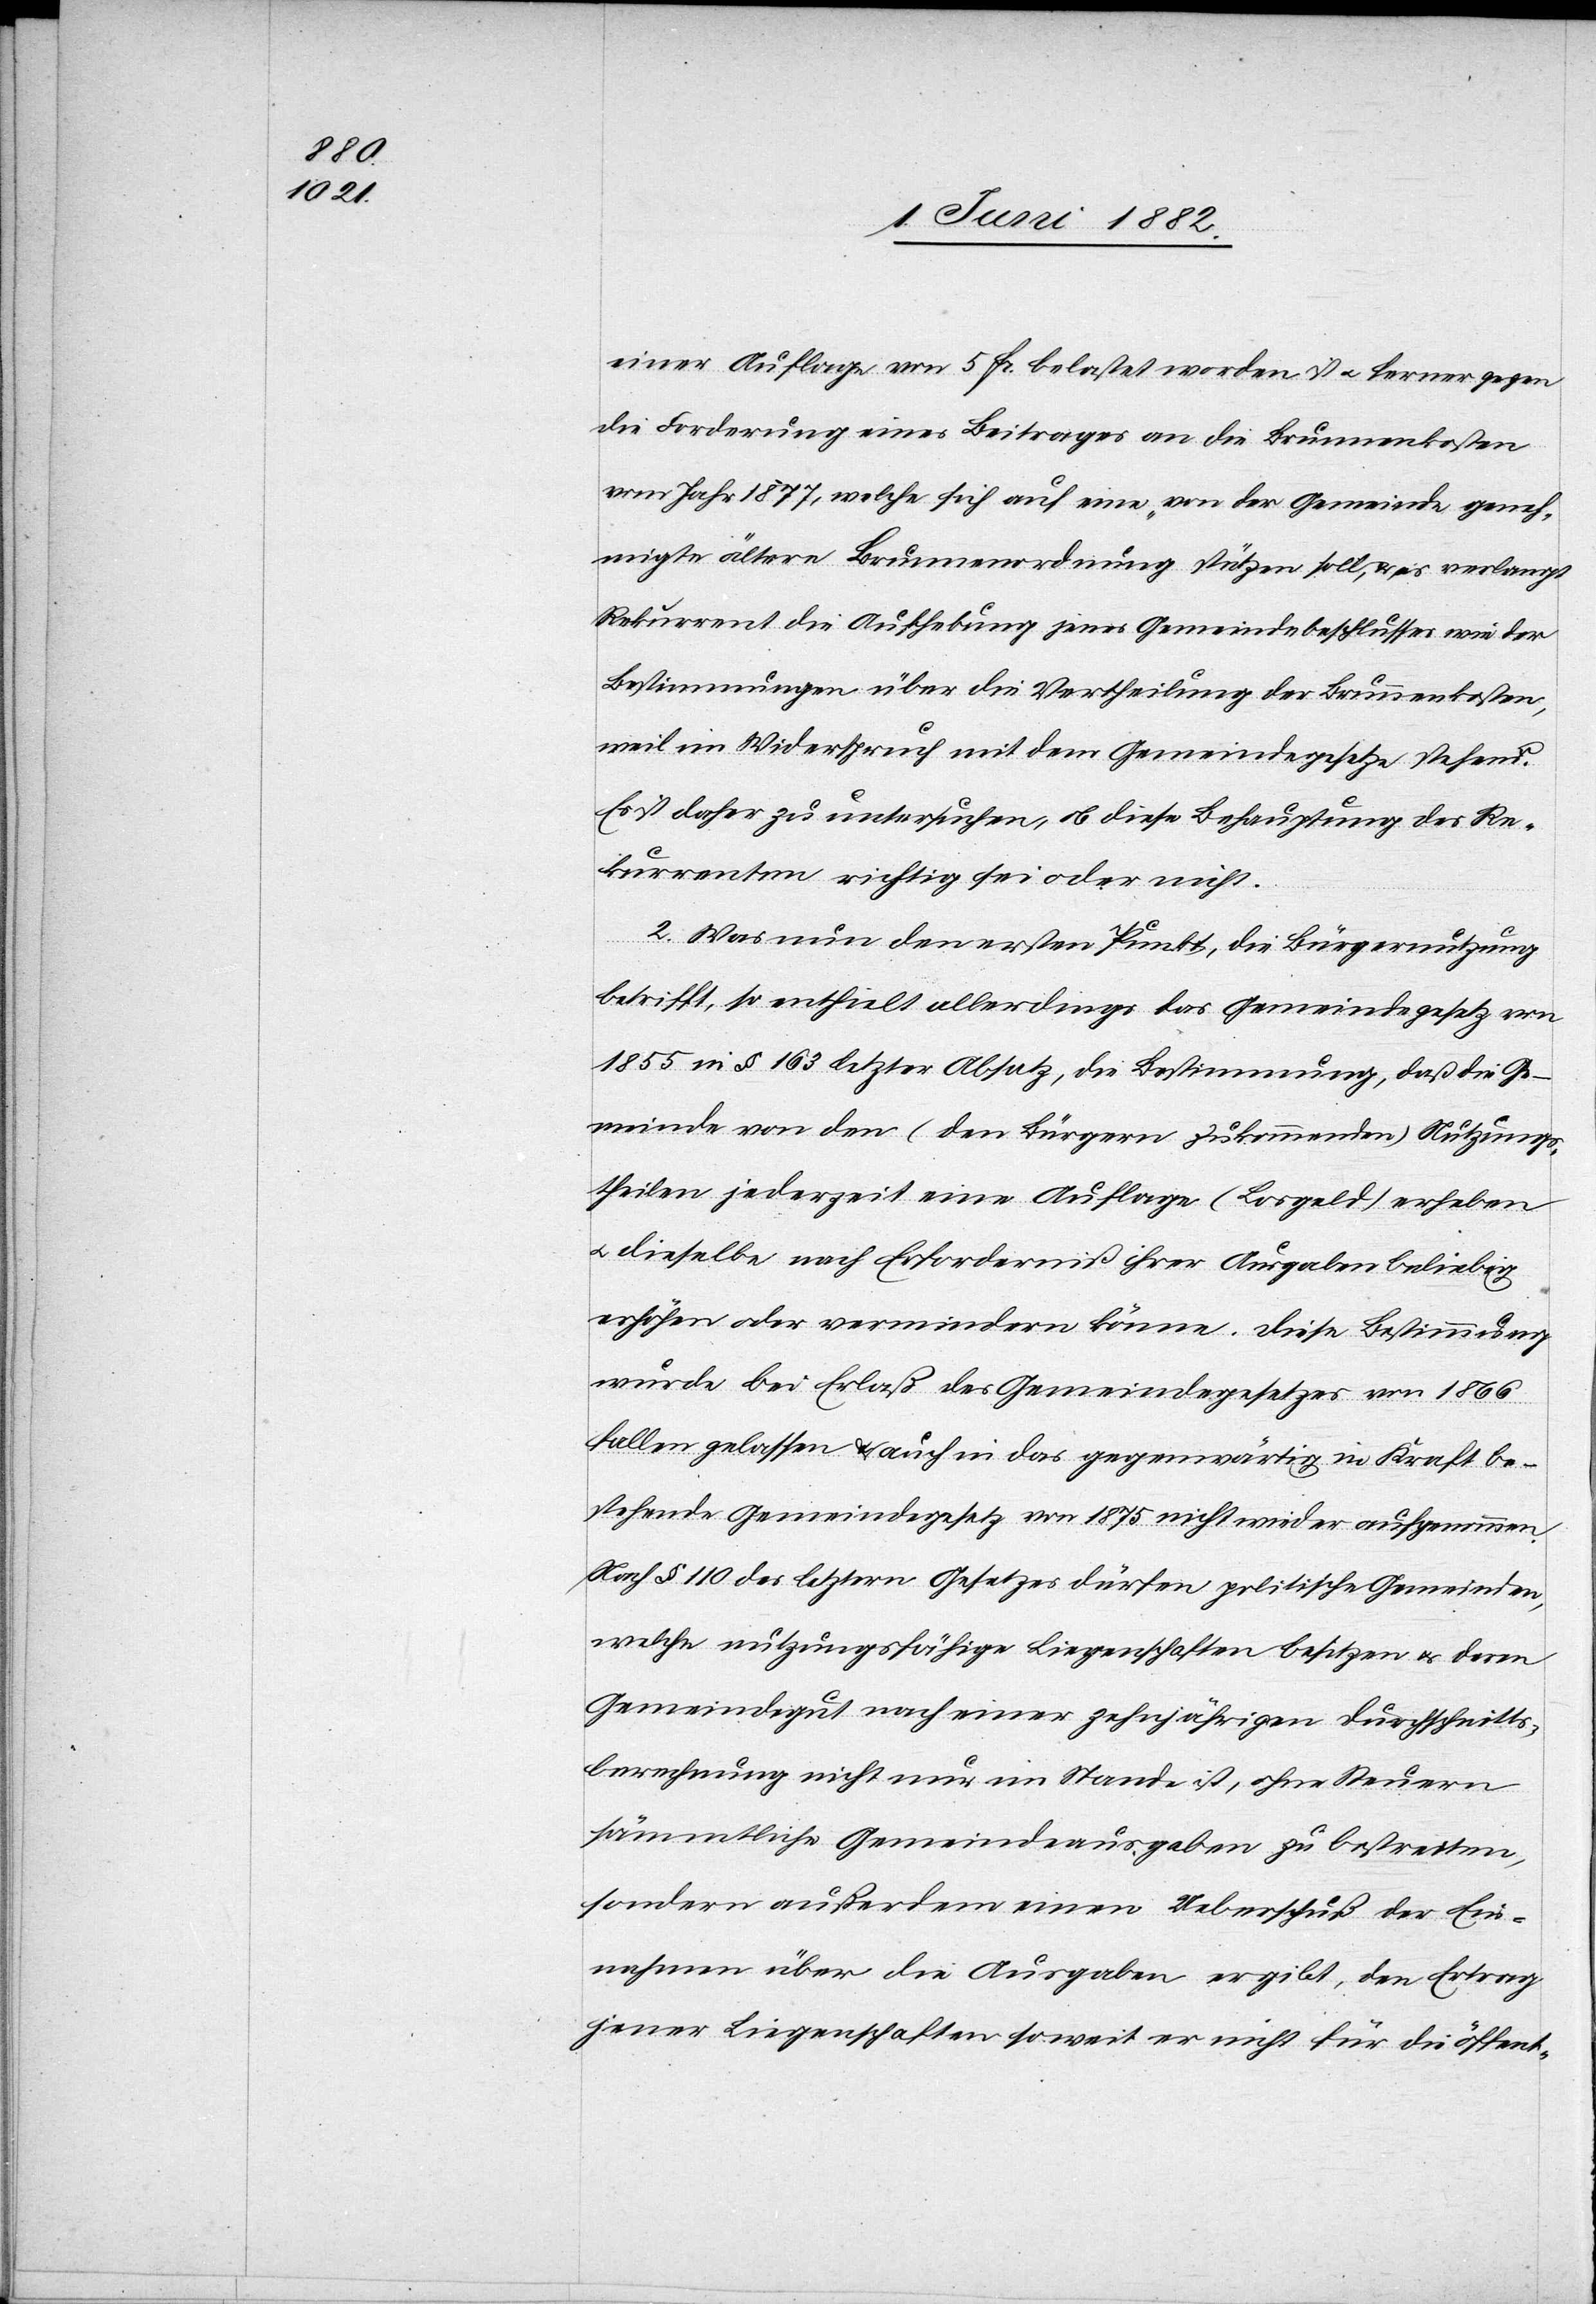
einer Auflage von 5 Fr. belastet worden ist u. ferner gegen
die Forderung eines Beitrages an die Brunnenkosten
vom Jahr 1877, welche sich auf eine von der Gemeinde geneh¬
migte ältere Brunnenordnung stützen soll, & es verlangt
Rekurrent die Aufhebung jenes Gemeindebeschlusses wie der
Bestimmungen über die Vertheilung der Brunnenkosten,
weil im Widerspruch mit dem Gemeindegesetze stehend.
Es ist daher zu untersuchen, ob diese Behauptung des Re¬
kurrenten richtig sei oder nicht.
2. Was nun den ersten Punkt, die Bürgernutzung
betrifft, so enthielt allerdings das Gemeindegesetz von
1855 in § 163 letzter Absatz, die Bestimmung, daß die Ge¬
meinde von den (den Bürgern zukommenden) Nutzungs¬
theilen jederzeit eine Auflage (Losgeld) erheben
u. dieselbe nach Erforderniß ihrer Ausgaben beliebig
erhöhen oder vermindern könne. Diese Bestimmung
wurde bei Erlaß des Gemeindegesetzes von 1866
fallen gelassen & auch in das gegenwärtig in Kraft be¬
stehende Gemeindegesetz von 1875 nicht wieder aufgenommen.
Nach § 110 des letztern Gesetzes dürfen politische Gemeinden,
welche nutzungsfähige Liegenschaften besitzen u. deren
Gemeindegut nach einer zehnjährigen Durchschnitts¬
berechnung nicht nur im Stande ist, ohne Steuern
sämmtliche Gemeindeausgaben zu bestretten
sondern [sich] außerdem einen Ueberschuß der Ein¬
nahmen über die Ausgabe ergibt, den Ertrag
jener Liegenschaft soweit er nicht für die öffent-